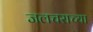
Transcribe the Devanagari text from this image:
जलचराच्या